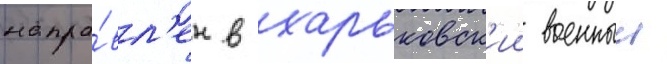
напра́вл'ен в харьковск'ии военныи